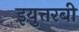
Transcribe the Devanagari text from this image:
इयुत्तरबी